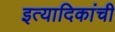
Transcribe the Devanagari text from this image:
इत्यादिकांची